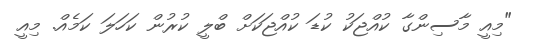
"މިއީ މާސިންގާ ކުއްޖަކު ކުޑަ ކުއްޖަކަށް ބްލީ ކުރުން ކަހަލަ ކަމެއް. މިއީ